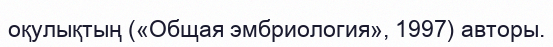
оқулықтың («Общая эмбриология», 1997) авторы.